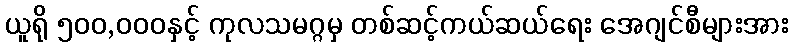
ယူရို ၅၀၀,၀၀၀နှင့် ကုလသမဂ္ဂမှ တစ်ဆင့်ကယ်ဆယ်ရေး အေဂျင်စီများအား